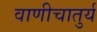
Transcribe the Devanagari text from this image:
वाणीचातुर्य